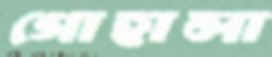
গোহালা